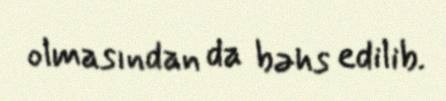
olmasından da bəhs edilib.